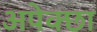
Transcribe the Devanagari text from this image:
अपेक्छा